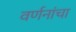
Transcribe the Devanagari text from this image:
वर्णनांचा